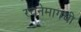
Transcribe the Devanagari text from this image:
रचनेमागची